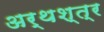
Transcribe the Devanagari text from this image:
अर्थश्त्र